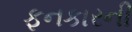
ફનકારની